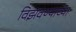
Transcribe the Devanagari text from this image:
विझवण्याच्या